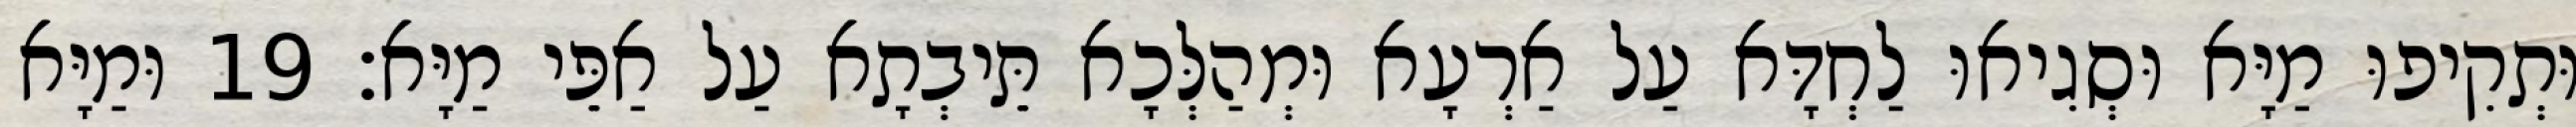
וּתְקִיפוּ מַיָּא וּסְגִיאוּ לַחְדָּא עַל אַרְעָא וּמְהַלְּכָא תֵּיבְתָא עַל אַפֵּי מַיָּא׃ 19 וּמַיָּא